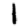
Digit: 1